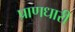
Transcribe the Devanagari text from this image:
प्राणधारी